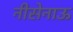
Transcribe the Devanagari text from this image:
नीसेनाऊ